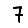
Digit: 7